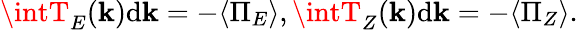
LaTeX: \intT_{E}(\mathbf{k})\mathrm{{d}}\mathbf{k}=-\langle\Pi_{E}\rangle,\intT_{Z}(\mathbf{k})\mathrm{{d}}\mathbf{k}=-\langle\Pi_{Z}\rangle.